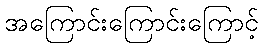
အကြောင်းကြောင်းကြောင့်